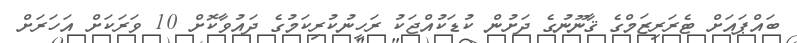
ބައްޕައަށް ޓެރަރިޒަމްގެ ޤާނޫނުގެ ދަށުން ކުޑަކުއްޖަކު ރަހީނުކުރިކަމުގެ ދައުވާކޮށް 10 ވަރަކަށް އަހަރަށް